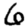
Digit: 6